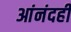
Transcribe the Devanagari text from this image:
आंनंदही